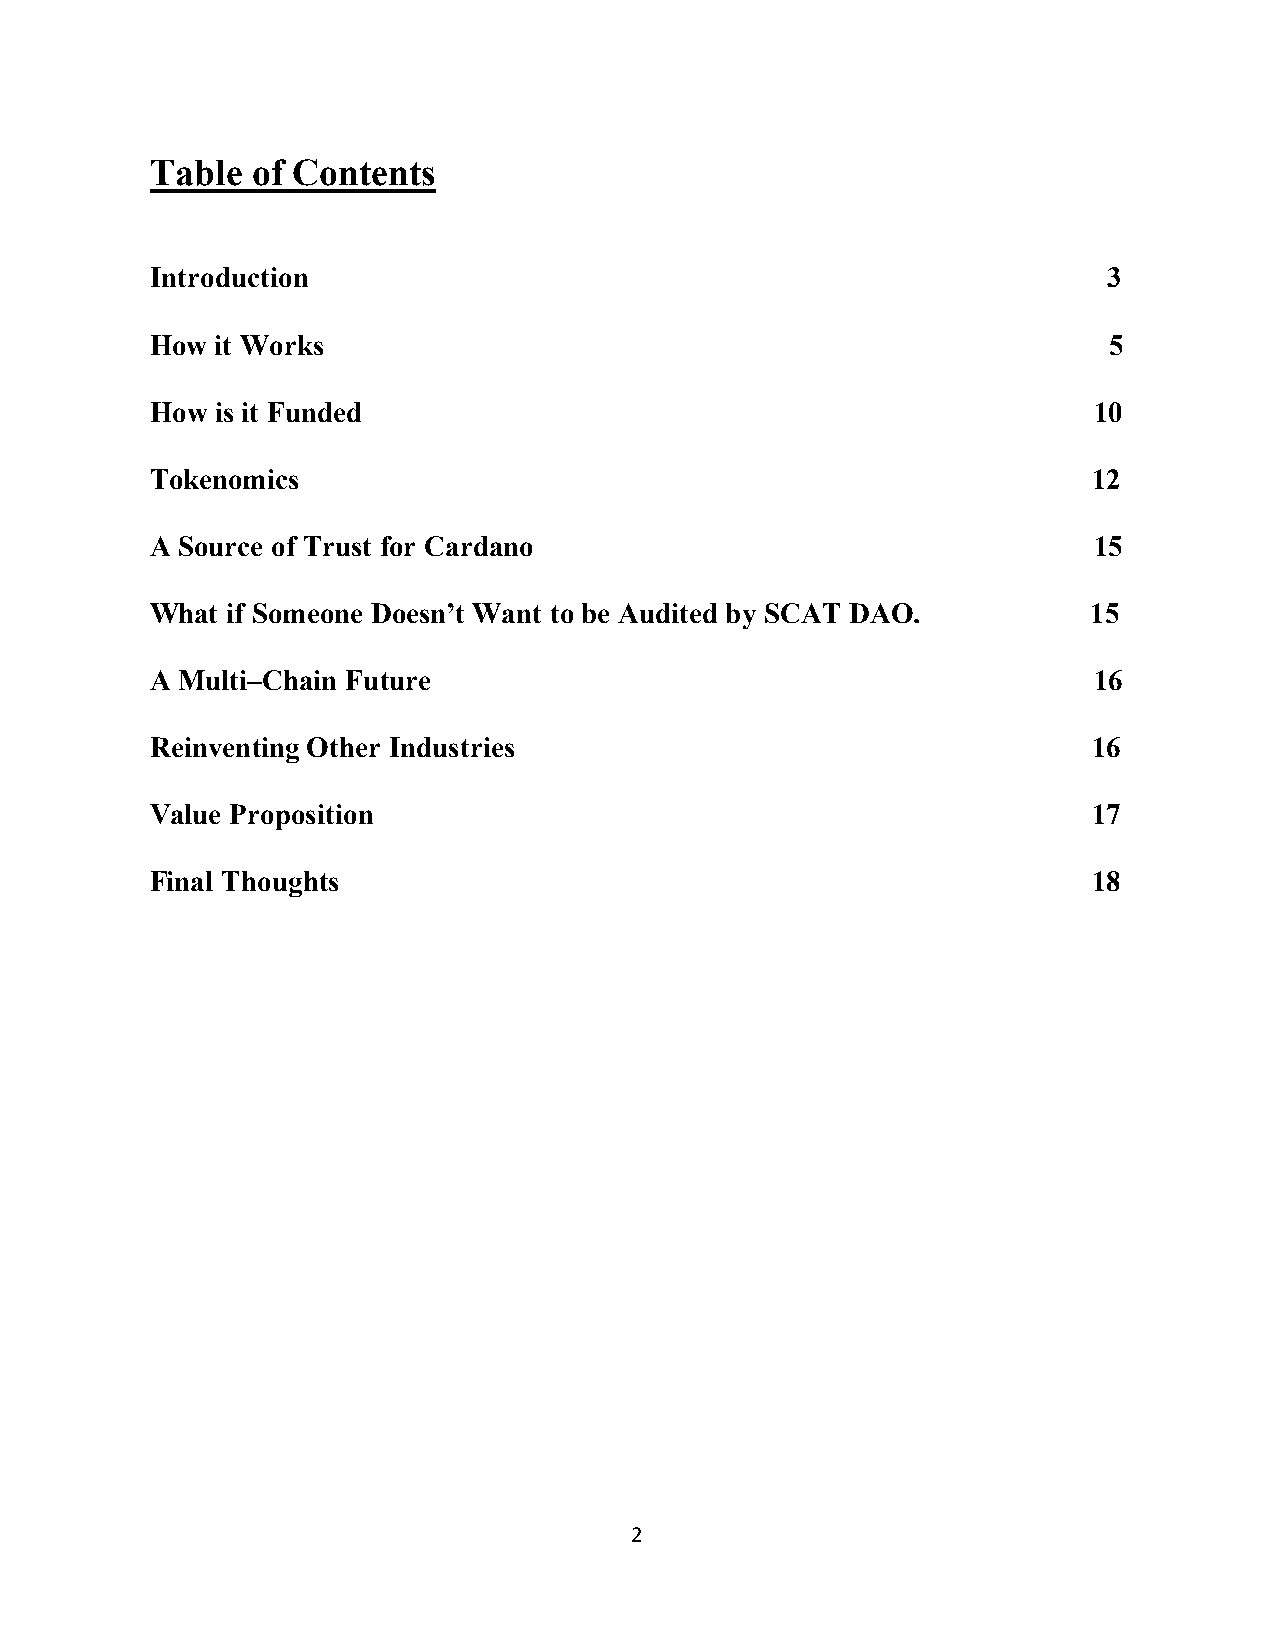
Table  of Contents
 Introduction                                                   3
 How it Works                                                   5
 How is it Funded                                              10
 Tokenomics                                                    12
 A Source of Trust for Cardano                                 15
 What if Someone Doesn’t Want to be Audited by SCAT DAO.       15
 A Multi–Chain Future                                          16
 Reinventing Other Industries                                  16
 Value Proposition                                             17
 Final Thoughts                                                18
 2